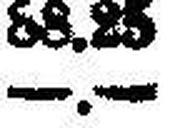
—.—